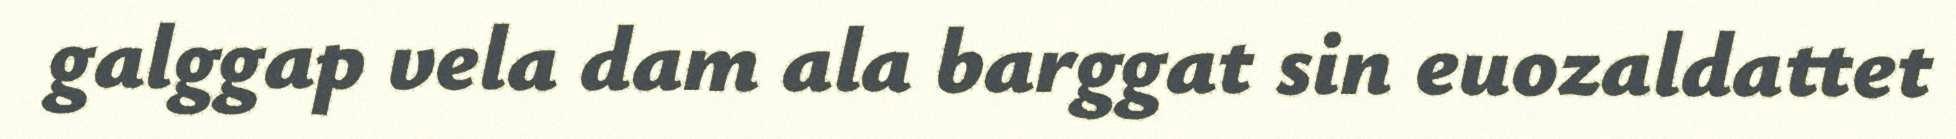
galggap vela dam ala barggat sin euozaldattet